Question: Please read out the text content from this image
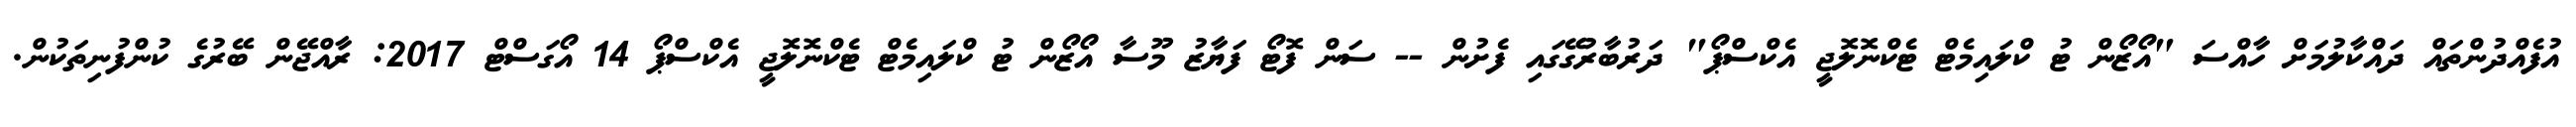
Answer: އުފެއްދުންތައް ދައްކާލުމަށް ހާއްސަ "އޯޒޯން ޓު ކްލައިމެޓް ޓެކްނޮލޮޖީ އެކްސްޕޯ" ދަރުބާރުގޭގައި ފެށުން -- ސަން ފޮޓޯ ފަޔާޒު މޫސާ އޯޒޯން ޓު ކްލައިމެޓް ޓެކްނޮލޮޖީ އެކްސްޕޯ 14 އޯގަސްޓް 2017: ރާއްޖޭން ބޭރުގެ ކުންފުނިތަކުން.